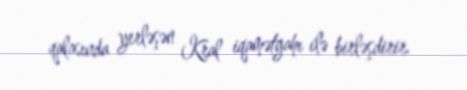
qalasında yerləşən Kral iqamətgahı ilə birləşdirir.